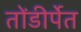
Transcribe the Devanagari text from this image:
तोंडीर्पेत